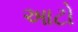
આટો